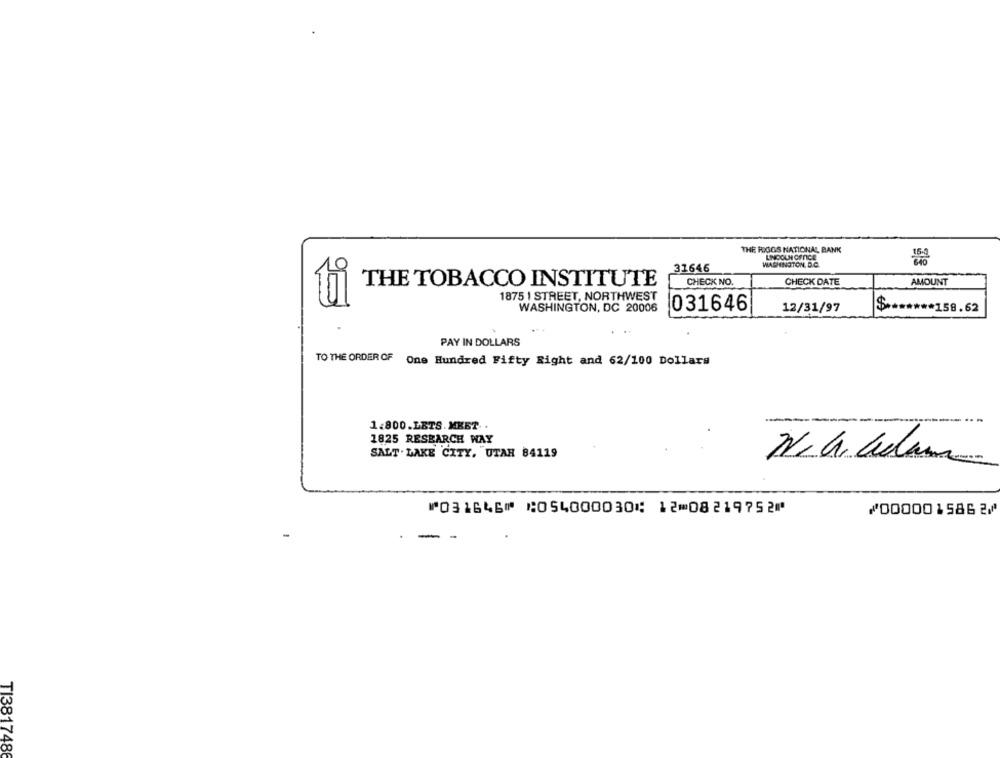
THE RIGGS NATIONAL BANK
LINCOLN OFFICE
WASHINGTON, D.C.
9
31646
CHECK DATE
AMOUNT
THE TOBACCO INSTITUTE
CHECK NO.
1875 1 STREET, NORTHWEST
WASHINGTON, DC 20006
031646
12/31/97
$ ******* 158.62
...
PAY IN DOLLARS
TO THE ORDER OF One Hundred Fifty Right and 62/100 Dollars
1.800.LETS. MKET. .
1825 RESEARCH WAY
SALT . LAKE CITY, UTAH 84119
N. 4. Clam
⑈031646⑈ ⑆054000030⑆ 12⑉08219752⑈
⑇0000015862⑇
TI3817486